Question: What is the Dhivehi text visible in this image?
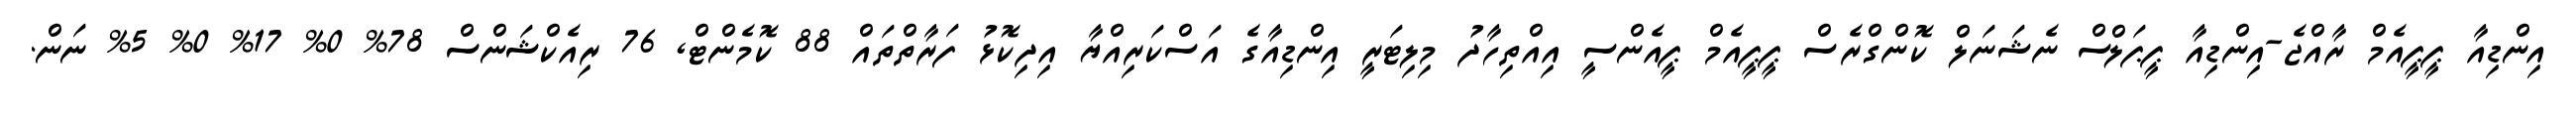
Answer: އިންޑިއާ ޕީޕީއެމް ރާއްޖެ-އިންޑިއާ ޕީޕަލްސް ނެޝަނަލް ކޮންގްރެސް ޕީޕީއެމް ޕީއެންސީ އިއްތިހާދު މިލިޓަރީ އިންޑިއާގެ އަސްކަރިއްޔާ އިދިކޮޅު ފަރާތްތައް 88 ކޮމެންޓް, 76 ރިއެކްޝަންސް 78% 0% 17% 0% 5% ނަން.